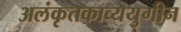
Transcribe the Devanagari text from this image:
अलंकृतकाव्ययुगीन